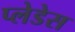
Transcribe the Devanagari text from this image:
प्लेडेस